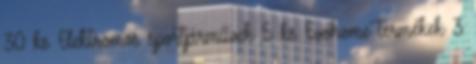
30 ks Elektromos sportjárművek 5 ks Evohome termékek 3